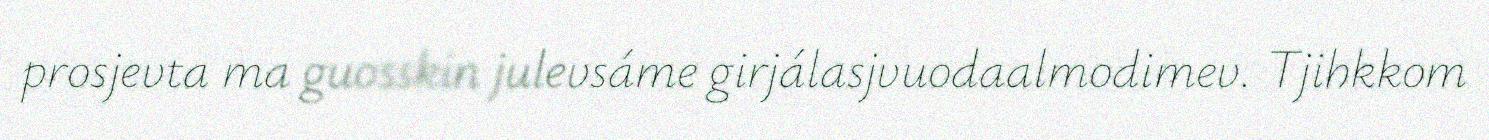
prosjevta ma guosskin julevsáme girjálasjvuodaalmodimev. Tjihkkom